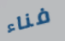
فناء